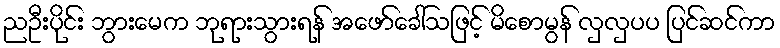
ညဦးပိုင်း ဘွားမေက ဘုရားသွားရန် အဖော်ခေါ်သဖြင့် မိစောမွန် လှလှပပ ပြင်ဆင်ကာ